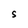
Character: S